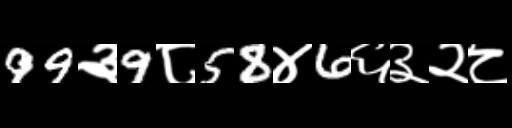
Text: 99३9८58४6६३२८